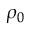
\rho _ { 0 }